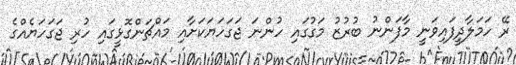
ރޭ ހަމަލާދީފައިވަނީ މާފަންނު ބުރުޒު މަގުގައި ހުންނަ ޖަގަހަޔަކަށާއި މައްޗަންގޮޅީގައި ހުރި ޖަގަހަޔެއްގެ